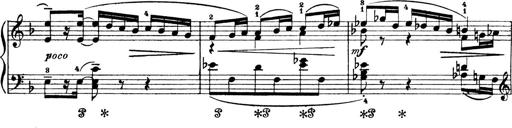
Title: 4 Sonatines
Composer: Max Reger